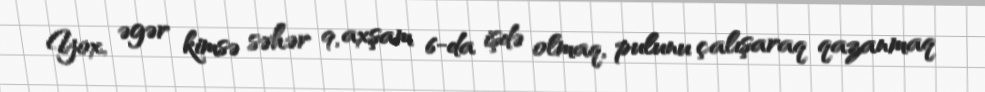
Yox, əgər kimsə səhər 9, axşam 6-da işdə olmaq, pulunu çalışaraq qazanmaq